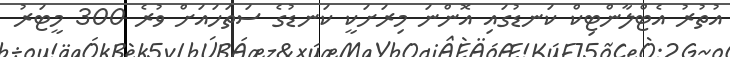
އުތުރު އެޓްލާންޓިކް ކަނޑުގައި އޮންނަ މިރަށަކީ ކަނޑުގެ ސަތަހައަށް ވުރެ 300 މީޓަރު